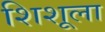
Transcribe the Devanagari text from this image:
शिशूला